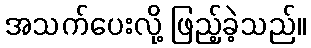
အသက်ပေးလို့ ဖြည့်ခဲ့သည်။